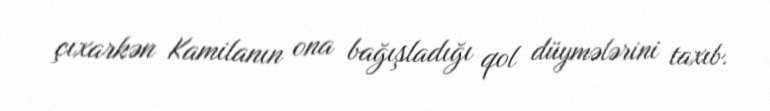
çıxarkən Kamilanın ona bağışladığı qol düymələrini taxıb.